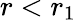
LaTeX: r<r_{1}